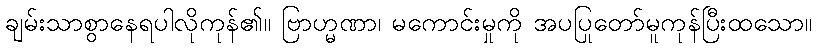
ချမ်းသာစွာနေရပါလိုကုန်၏။ ဗြာဟ္မဏာ၊ မကောင်းမှုကို အပပြုတော်မူကုန်ပြီးထသော။